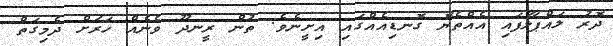
ދޮރު ލައްޕާލާފައި އެއްތެޔޮ ގޮނޑިއެއްގައި އިށީނެވެ. ތުން ރީނދޫ ވެނެއް ހަރަށް ދެމިގަތް